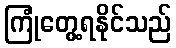
ကြုံတွေ့ရနိုင်သည်